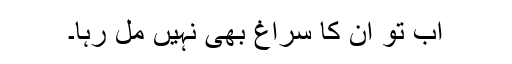
اب تو ان کا سراغ بھی نہیں مل رہا۔